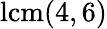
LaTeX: \operatorname{lcm}(4,6)